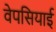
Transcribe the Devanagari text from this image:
वेपसियाई